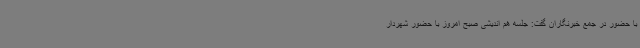
با حضور در جمع خبرنگاران گفت: جلسه هم اندیشی صبح امروز با حضور شهردار